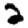
Digit: 2